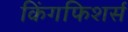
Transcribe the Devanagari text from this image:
किंगफिशर्स